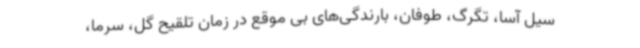
سیل آسا، تگرگ، طوفان، بارندگی‌های بی موقع در زمان تلقیح گل، سرما،